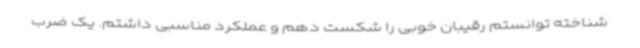
شناخته توانستم رقیبان خوبی را شکست دهم و عملکرد مناسبی داشتم. یک ضرب